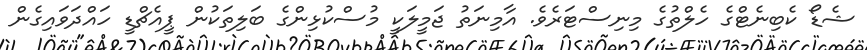
ޝެޑޯ ކެބިނެޓްގެ ހެލްތުގެ މިނިސްޓަރެވެ. އާމިނަތު ޖަމީލަކީ މުސްކުޅިންގެ ބަލިތަކުން ޕީއެޗްޑީ ހައްދަވައިގެން